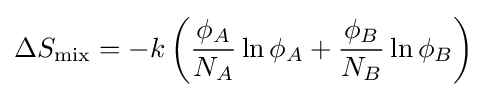
\Delta S_{\text{mix}}=-k\left({\frac {\phi _{A}}{N_{A}}}\ln \phi _{A}+{\frac {\phi _{B}}{N_{B}}}\ln \phi _{B}\right)